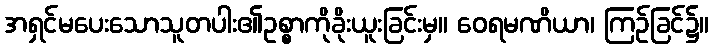
အရှင်မပေးသောသူတပါး၏ဥစ္စာကိုခိုးယူးခြင်းမှ။ ဝေရမဏိယာ၊ ကြဉ်ခြင်၌။